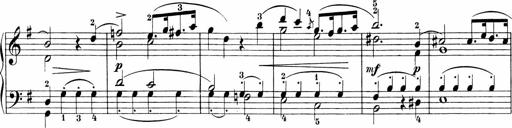
Title: Sonatinen Op.47, 98 und 136, nebst 6 Liedersonatinen
Composer: Carl Reinecke